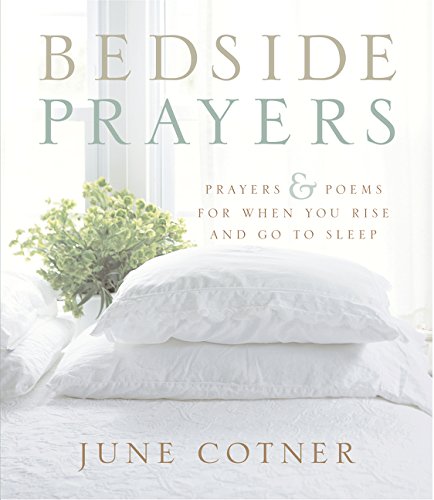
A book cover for Bedside Prayers; June Cotner; Religion & Spirituality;